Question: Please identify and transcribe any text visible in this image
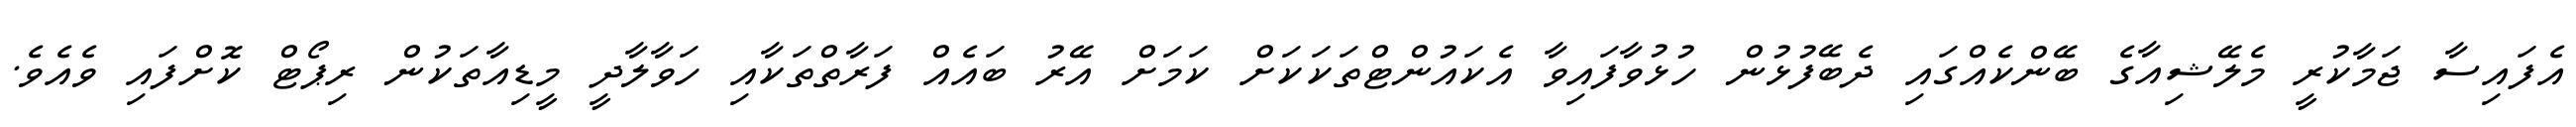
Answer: އެފައިސާ ޖަމާކުރީ މެލޭޝިއާގެ ބޭންކެއްގައި ދެބޭފުޅުން ހުޅުވާފައިވާ އެކައުންޓްތަކަކަށް ކަމަށް އޭރު ބައެއް ފަރާތްތަކާއި ހަވާލާދީ މީޑިއާތަކުން ރިޕޯޓް ކޮށްފައި ވެއެވެ.